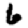
Digit: 6